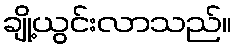
ချို့ယွင်းလာသည်။